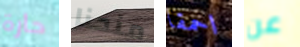
حارة منحنا احمقا عن